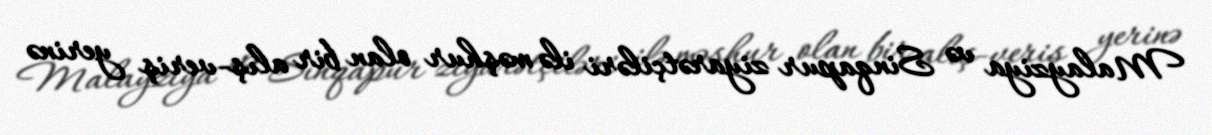
Malayziya və Sinqapur ziyarətçiləri ilə məşhur olan bir alış-veriş yerinə